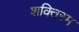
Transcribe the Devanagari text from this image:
शक्तिस्म